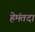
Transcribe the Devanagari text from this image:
हेमंतदा